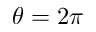
\theta = 2 \pi